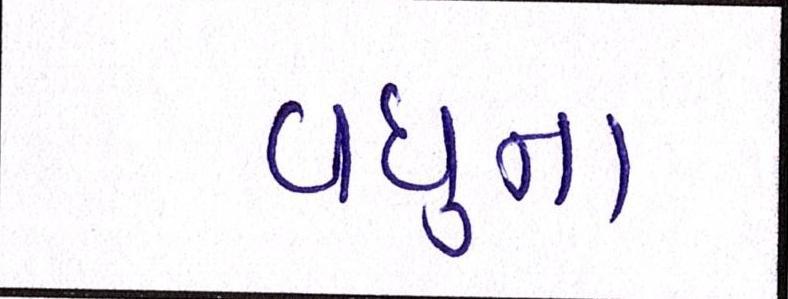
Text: વધુના